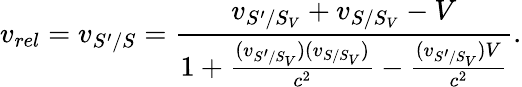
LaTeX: v_{rel}=v_{S^{\prime}/S}=\frac{v_{S^{\prime}/S_{V}}+v_{S/S_{V}}-V}{1+\frac{(v_{S^{\prime}/S_{V}})(v_{S/S_{V}})}{c^{2}}-\frac{(v_{S^{\prime}/S_{V}})V}{c^{2}}}.